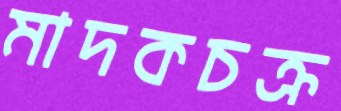
মাদকচক্র